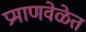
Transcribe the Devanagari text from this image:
प्रमाणवेळेत